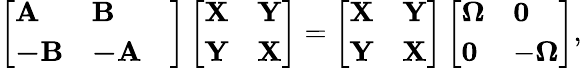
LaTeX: \left[\begin{array}{lll}{\mathbf{A}}&{\mathbf{B}}&\\ {\mathbf{-B}}&{\mathbf{-A}}&\end{array}\right]\left[\begin{array}{ll}{\mathbf{X}}&{\mathbf{Y}}\\ {\mathbf{Y}}&{\mathbf{X}}\end{array}\right]=\left[\begin{array}{ll}{\mathbf{X}}&{\mathbf{Y}}\\ {\mathbf{Y}}&{\mathbf{X}}\end{array}\right]\left[\begin{array}{ll}{\mathbf{\Omega}}&{\mathbf{0}}\\ {\mathbf{0}}&{-\mathbf{\Omega}}\end{array}\right],